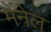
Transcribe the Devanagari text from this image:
मेंनेल